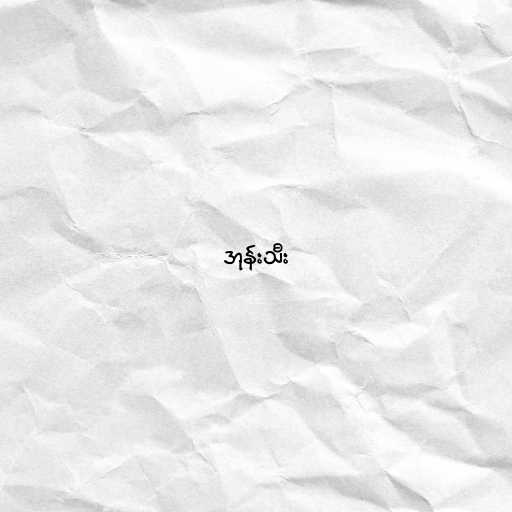
အုန်းသီး